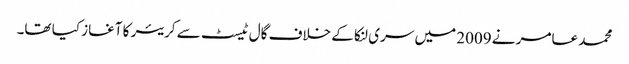
محمد عامر نے 2009 میں سری لنکا کے خلاف گال ٹیسٹ سے کریئر کا آغاز کیا تھا۔